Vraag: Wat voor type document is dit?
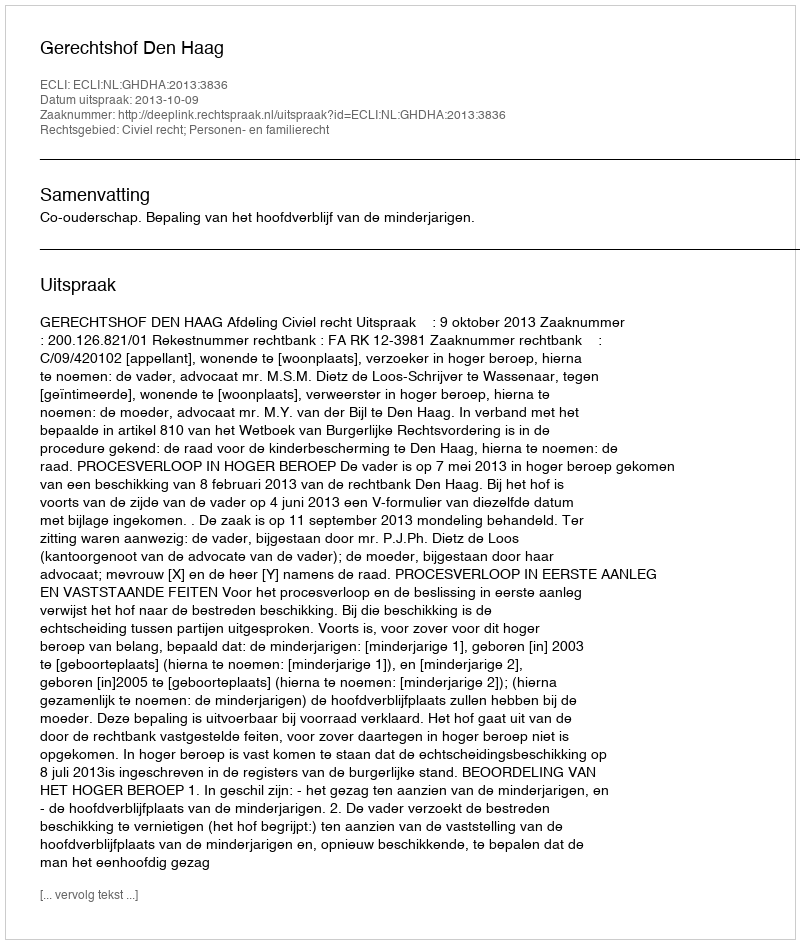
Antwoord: Uitspraak